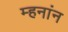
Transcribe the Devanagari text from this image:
म्हनांन